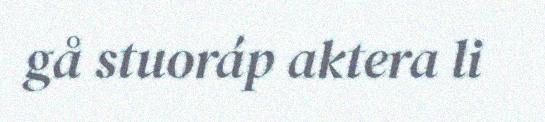
gå stuoráp aktera li